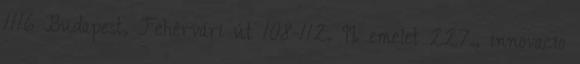
1116 Budapest, Fehérvári út 108-112. II. emelet 227., innovacio